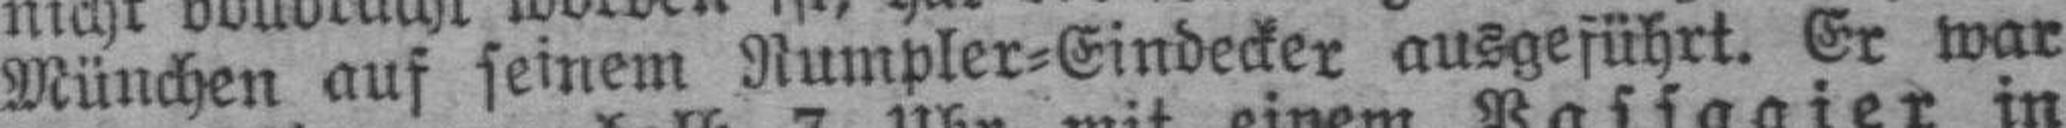
München auf seinem Rumpler=Eindecker ausgeführt. Er war